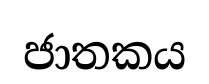
ජාතකය